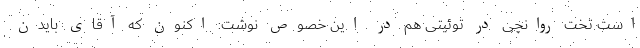
است تخت روانچی در توئیتی هم در این خصوص نوشت: اکنون که آقای بایدن